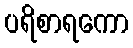
ပရိစာရကော